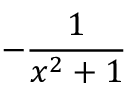
- { \frac { 1 } { x ^ { 2 } + 1 } }